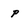
Character: p